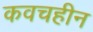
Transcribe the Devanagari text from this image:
कवचहीन